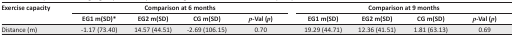
<table><thead><tr><td><b>Exercise capacity</b></td><td colspan="4"><b>Comparison at 6 months</b></td><td colspan="4"><b>Comparison at 9 months</b></td></tr><tr><td></td><td><b>EG1 m(SD)*</b></td><td><b>EG2 m(SD)</b></td><td><b>CG m(SD)</b></td><td><b><i>p</i>-Val (<i>p</i>)</b></td><td><b>EG1 m(SD)</b></td><td><b>EG2 m(SD)</b></td><td><b>CG m(SD)</b></td><td><b><i>p</i>-Val (<i>p</i>)</b></td></tr></thead><tbody><tr><td>Distance (m)</td><td>-1.17 (73.40)</td><td>14.57 (44.51)</td><td>-2.69 (106.15)</td><td>0.70</td><td>19.29 (44.71)</td><td>12.36 (41.51)</td><td>1.81 (63.13)</td><td>0.69</td></tr></tbody></table>